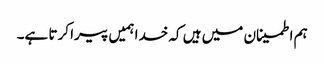
ہم اطمینان میں ہیں کہ خدا ہمیں پیرا کرتا ہے۔